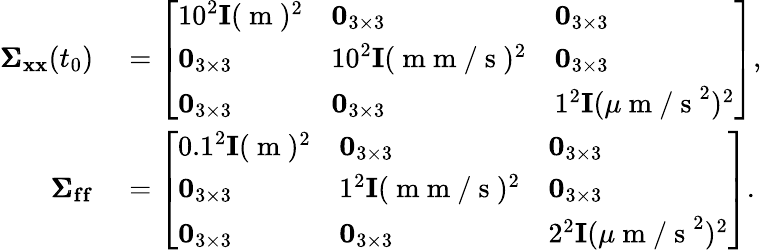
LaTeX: \begin{array}{rl}{\pmb{\Sigma}_{\mathbf{x}\mathbf{x}}(t_{0})}&{{}=\left[\begin{array}{lll}{10^{2}\mathbf{I}(\mathrm{~m~})^{2}}&{\mathbf{0}_{3\times 3}}&{\mathbf{0}_{3\times 3}}\\ {\mathbf{0}_{3\times 3}}&{10^{2}\mathbf{I}(\mathrm{~m~m~/~s~})^{2}}&{\mathbf{0}_{3\times 3}}\\ {\mathbf{0}_{3\times 3}}&{\mathbf{0}_{3\times 3}}&{1^{2}\mathbf{I}(\mu\mathrm{~m~/~s~}^{2})^{2}}\end{array}\right],}\\ {\pmb{\Sigma}_{\mathbf{f}\mathbf{f}}}&{{}=\left[\begin{array}{lll}{0.1^{2}\mathbf{I}(\mathrm{~m~})^{2}}&{\mathbf{0}_{3\times 3}}&{\mathbf{0}_{3\times 3}}\\ {\mathbf{0}_{3\times 3}}&{1^{2}\mathbf{I}(\mathrm{~m~m~/~s~})^{2}}&{\mathbf{0}_{3\times 3}}\\ {\mathbf{0}_{3\times 3}}&{\mathbf{0}_{3\times 3}}&{2^{2}\mathbf{I}(\mu\mathrm{~m~/~s~}^{2})^{2}}\end{array}\right].}\end{array}